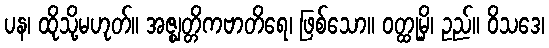
ပန၊ ထိုသို့မဟုတ်။ အဇ္ဈတ္တိကဗာတိရေ၊ ဖြစ်သော။ ဝတ္ထုမှိ၊ ဥည်။ ဝိသဒေ၊